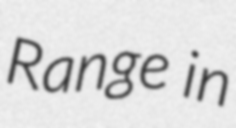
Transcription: Range in